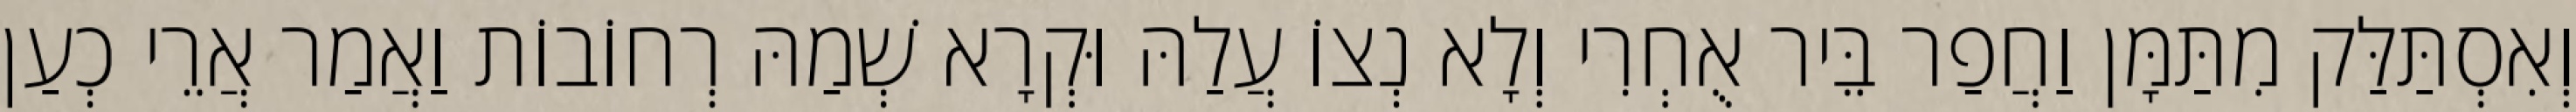
וְאִסְתַּלַּק מִתַּמָּן וַחֲפַר בֵּיר אֻחְרִי וְלָא נְצוֹ עֲלַהּ וּקְרָא שְׁמַהּ רְחוֹבוֹת וַאֲמַר אֲרֵי כְעַן